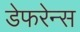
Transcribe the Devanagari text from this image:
डेफरेन्स